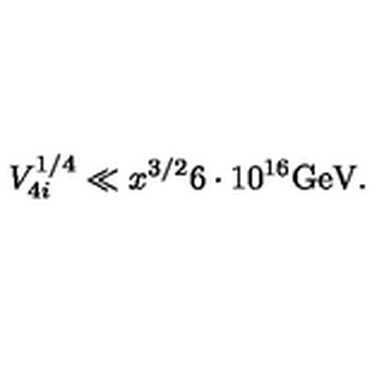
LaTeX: V _ { 4 i } ^ { 1 / 4 } \ll x ^ { 3 / 2 } 6 \cdot 1 0 ^ { 1 6 } \mathrm { G e V } .